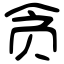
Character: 贪